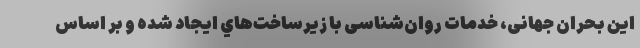
این بحران جهانی، خدمات روان‌شناسی با زيرساخت‌هاي ایجاد شده و بر اساس